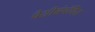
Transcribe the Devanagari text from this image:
पेशीसंबंधित